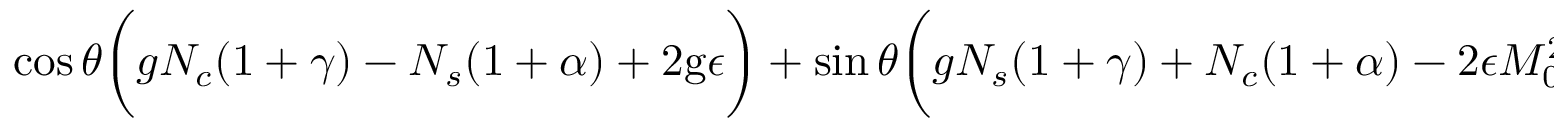
\begin{array} { r } { \cos \theta \bigg ( g N _ { c } ( 1 + \gamma ) - N _ { s } ( 1 + \alpha ) + 2 \mathrm { g } \epsilon \bigg ) + \sin \theta \bigg ( g N _ { s } ( 1 + \gamma ) + N _ { c } ( 1 + \alpha ) - 2 \epsilon M _ { 0 } ^ { 2 } \bigg ) = 0 , } \end{array}